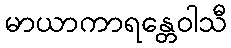
မာယာကာရန္တေဝါသီ